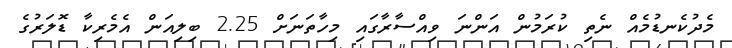
މެދުކެނޑުމެއް ނެތި ކުރަމުން އަންނަ ވިއްސާރާގައި މިހާތަނަށް 2.25 ބިލިއަން އެމެރިކާ ޑޮލަރުގެ